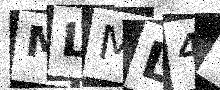
Text: MLML4G